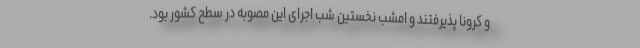
و کرونا پذیرفتند و امشب نخستین شب اجرای این مصوبه در سطح کشور بود.